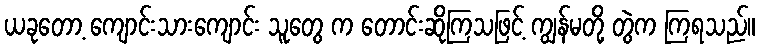
ယခုတော့ ကျောင်းသားကျောင်း သူတွေ က တောင်းဆိုကြသဖြင့် ကျွန်မတို့ တွဲက ကြရသည်။